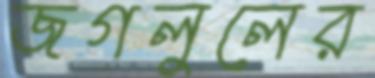
জগলুলের